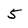
Character: 5